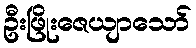
ဦးဖြိုးဇေယျာသော်